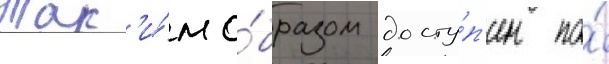
Так'и́м о́бразом досту́п'ен по́